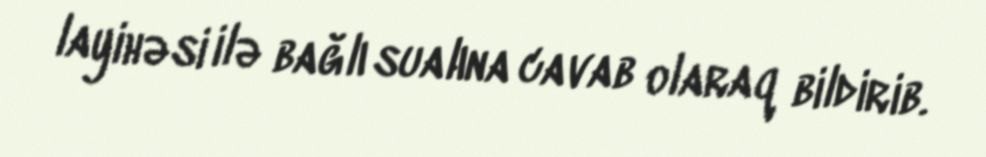
layihəsi ilə bağlı sualına cavab olaraq bildirib.